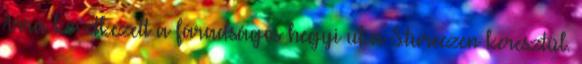
Arra következett a fáradságos hegyi ut a Stureczen keresztül.